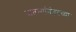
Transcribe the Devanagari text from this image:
बातम्यांनंतरच्या